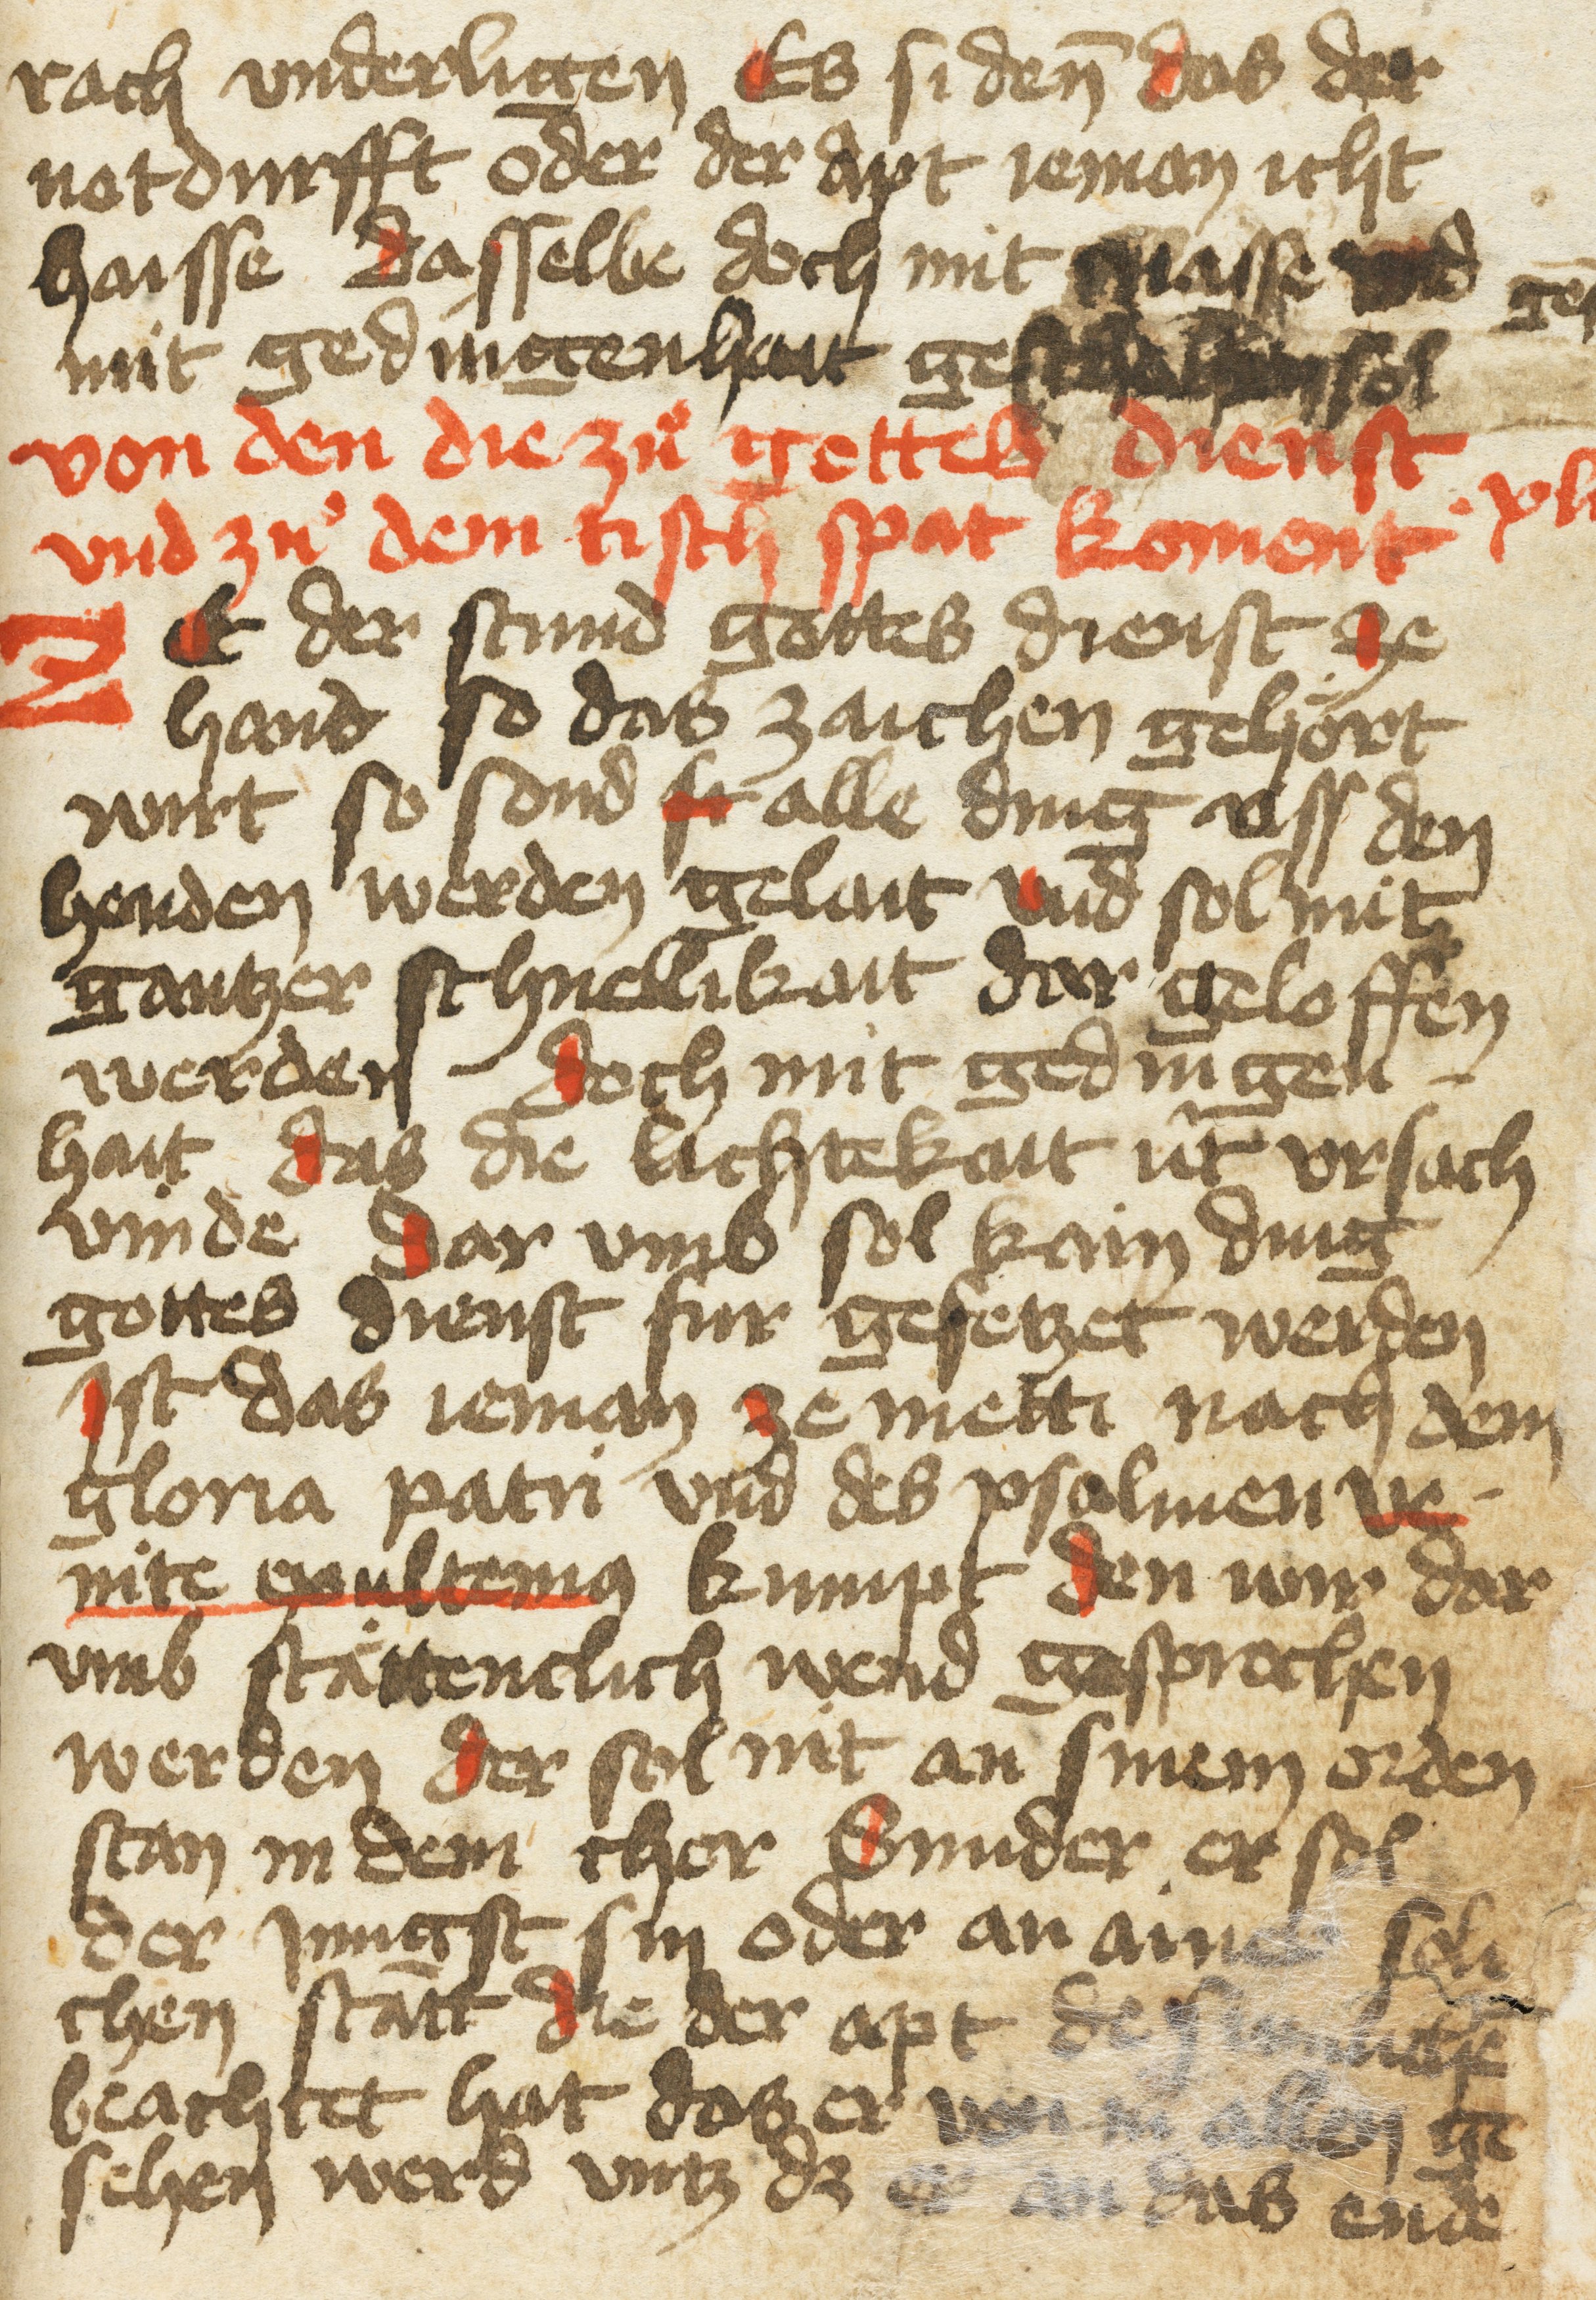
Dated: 1400–1499